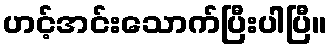
ဟင့်အင်းသောက်ပြီးပါပြီ။